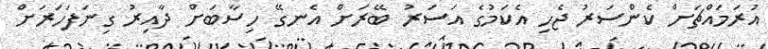
އުރަމައްޗަށް ކެންސަރު ޖެހި އެކަމުގެ އަސަރު ބޭރަށް އެނގޭ ހިސާބަށް ދާއިރު ގިނަފަހަރަށް